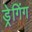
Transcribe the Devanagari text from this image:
ड्रेगिंग